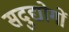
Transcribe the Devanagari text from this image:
सदुद्योगों